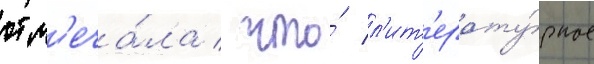
отм'еча́ла / что́ л'ит'ерату́рное